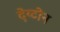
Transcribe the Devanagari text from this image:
देय्टोन